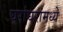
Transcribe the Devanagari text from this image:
घरांघरांमध्ये